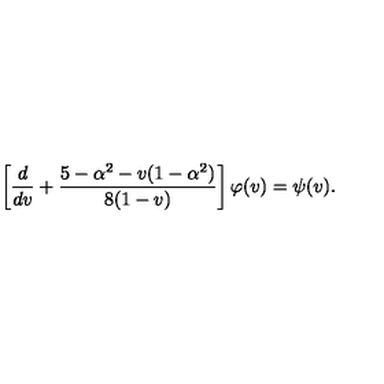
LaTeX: \left[ \frac { d } { d v } + \frac { 5 - \alpha ^ { 2 } - v ( 1 - \alpha ^ { 2 } ) } { 8 ( 1 - v ) } \right] \varphi ( v ) = \psi ( v ) .